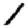
Digit: 1